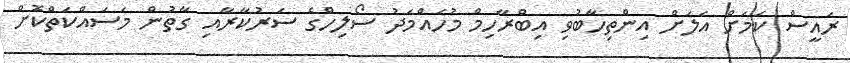
ރައީސް ކަމަށް އަލަށް އިންތިހާބުވި އިބްރާހިމް މުހައްމަދު ސޯލިހްގެ ސަރުކާރާއި ގާތުން މަސައްކަތްކޮށް